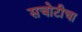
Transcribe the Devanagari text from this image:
सचोटीचा